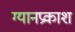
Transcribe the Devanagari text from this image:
ग्यानप्रकाश